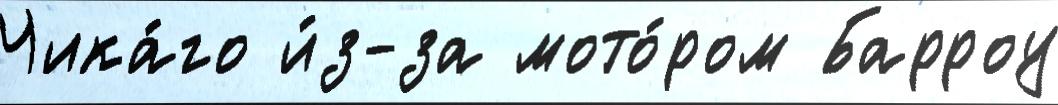
Чика́го и́з-за мото́ром Барроу